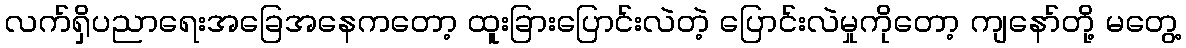
လက်ရှိပညာရေးအခြေအနေကတော့ ထူးခြားပြောင်းလဲတဲ့ ပြောင်းလဲမှုကိုတော့ ကျနော်တို့ မတွေ့